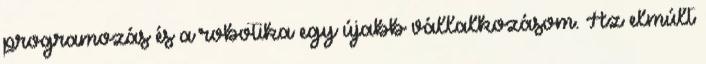
programozás és a robotika egy újabb vállalkozásom. Az elmúlt